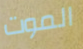
الموت